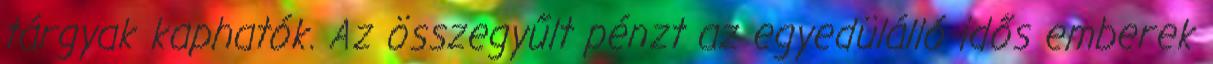
tárgyak kaphatók. Az összegyűlt pénzt az egyedülálló idős emberek